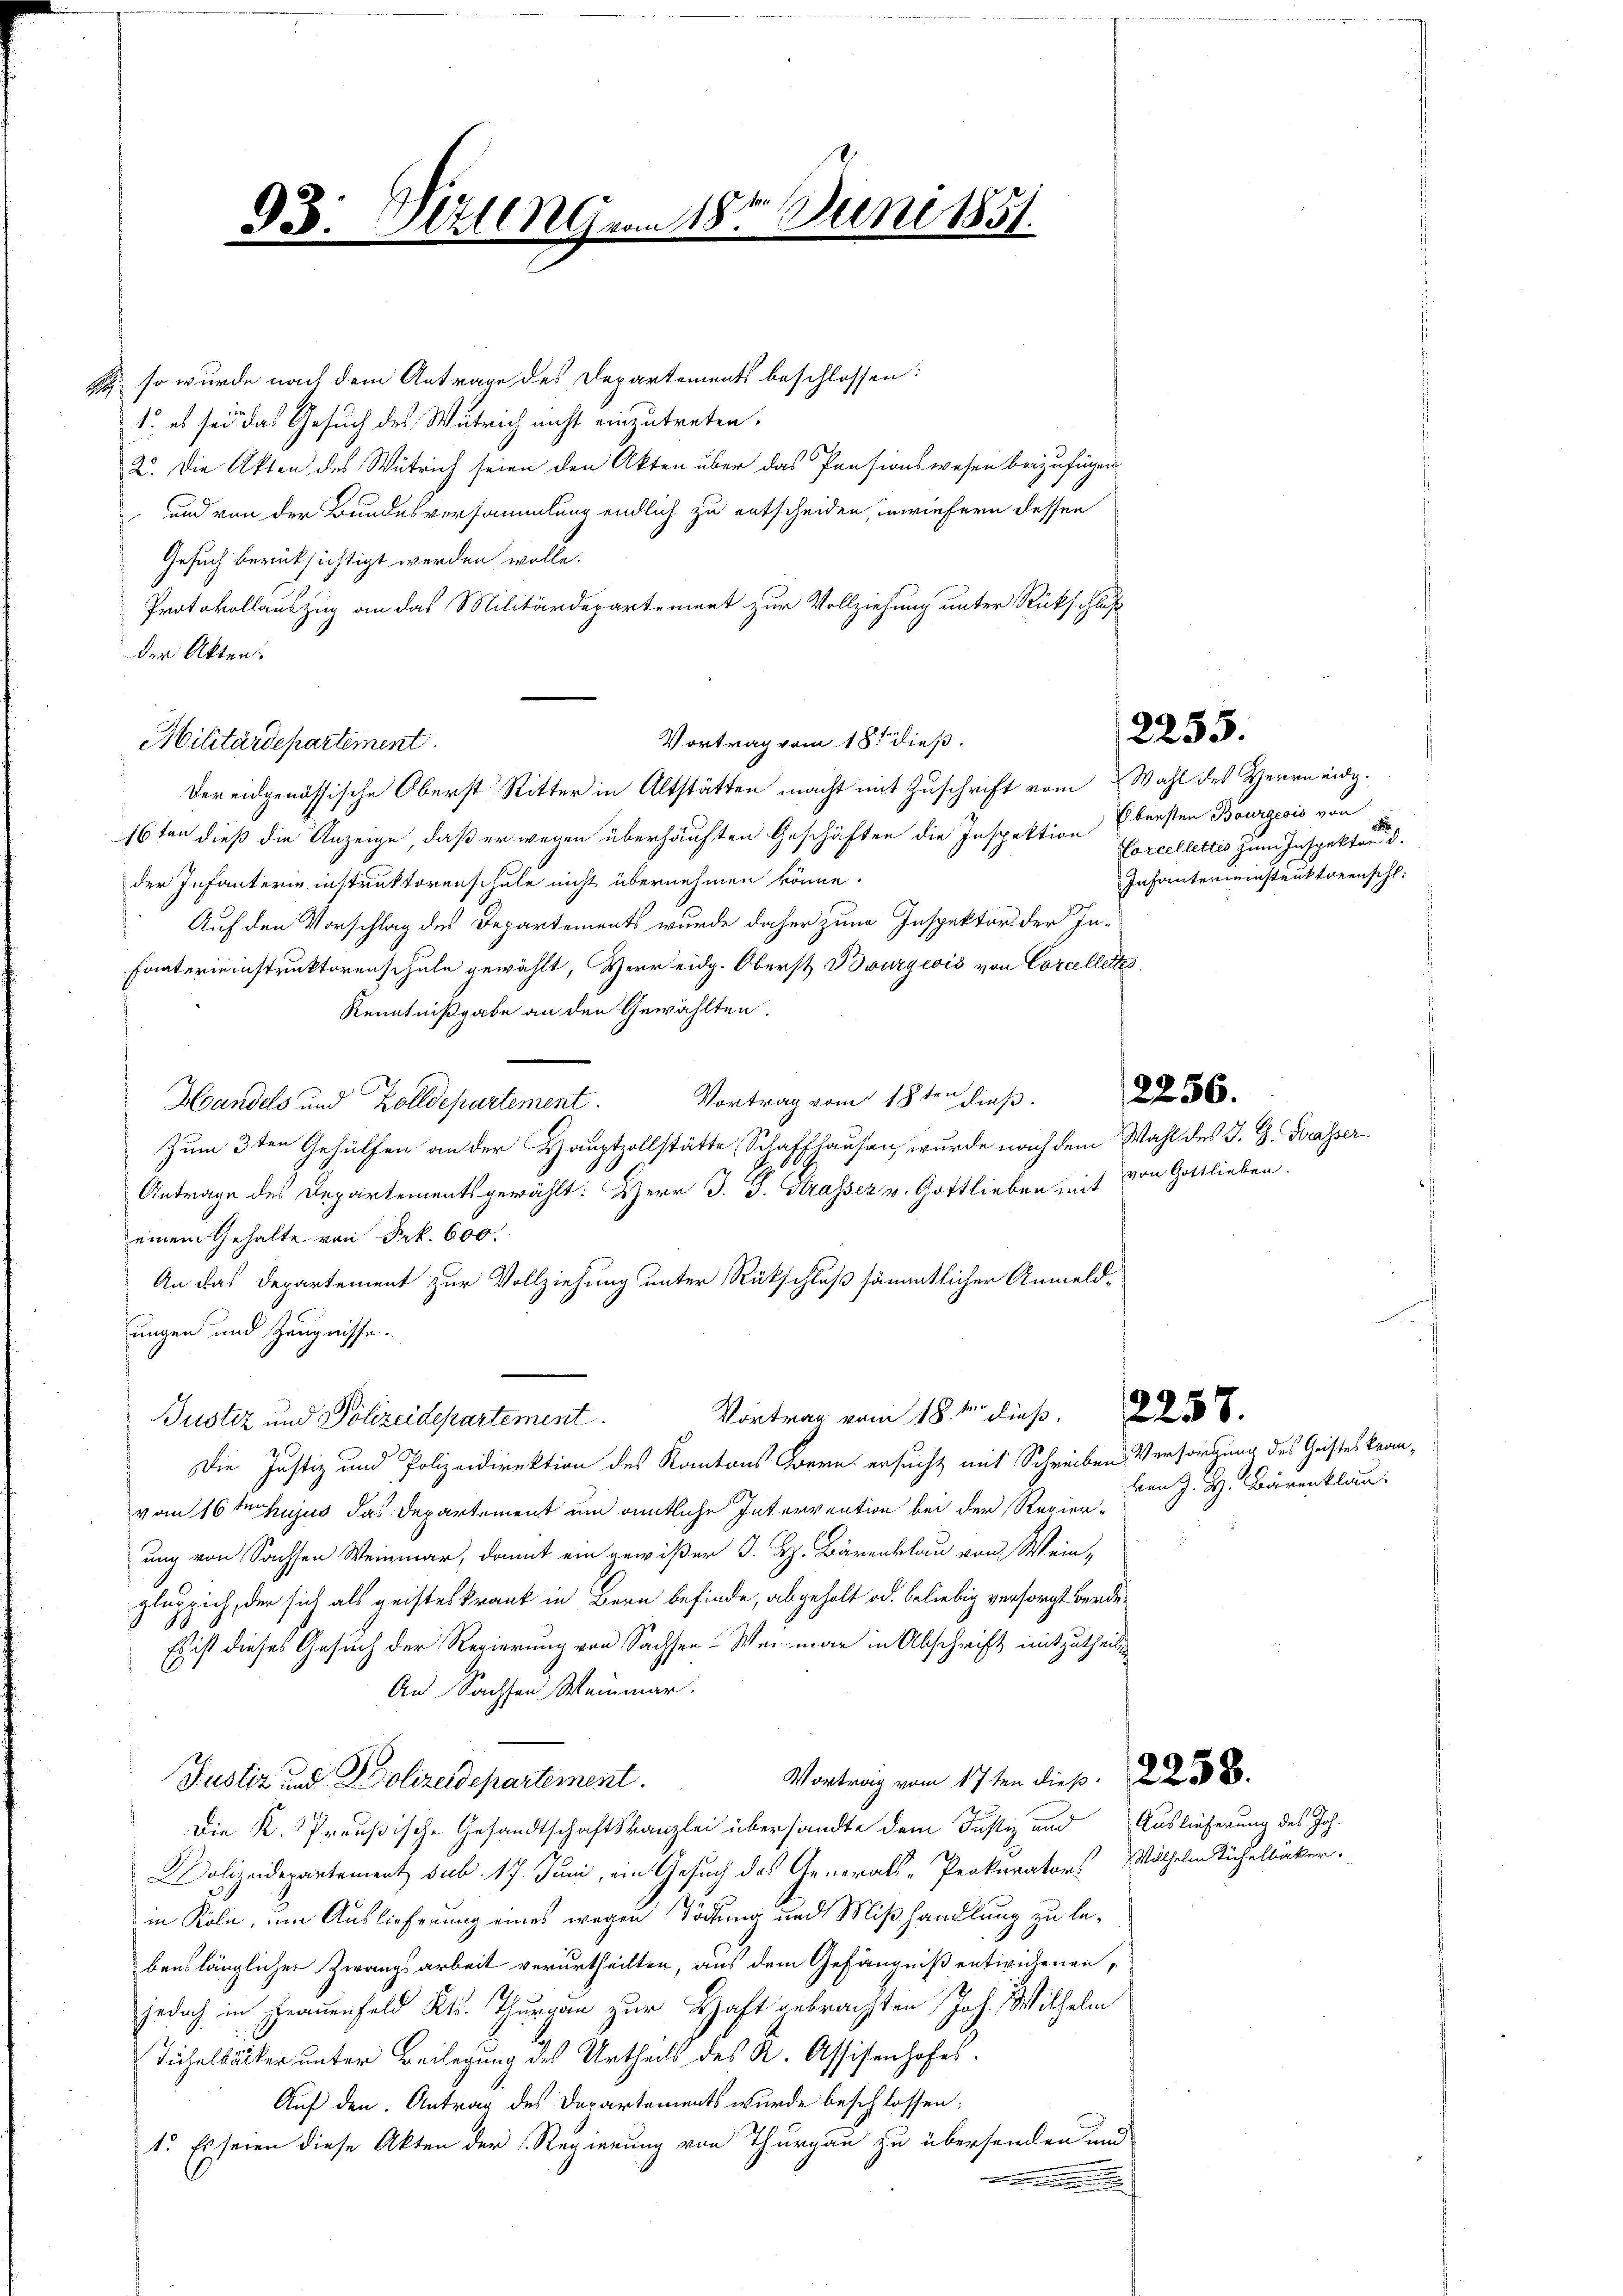
S

& so wurde nach dem Antrage des Departements beschlossen:
1. es sei das Gesuch des Wütrich nicht einzutreten.
2. Die Akten des Wütrich seien den Akten über das Pensionswesen beizufügen
und von der Bundesversammlung endlich zu entscheiden, inwiefern dessen
Gesuch berüksichtigt werden wolle.
Protokollauszug an das Militärdepartement zur Vollziehung unter Rückschluß
der Akten.
der eidgenössische Oberst Ritter in Altstätten macht mit Zuschrift vom Wahl des Herrn eidg.
16ten dieß die Anzeige, daß er wegen überhäuften Geschäften die Inspektion Ebensten Bourgeois von
der Infanterie instruktorenschule nicht übernehmen könne.
Auf den Vorschlag des Departements wurde daher zum Inspektor der In¬
Fraterieinstruktorenschule gewählt, Herr eidg. Oberst Bourgeois von Corcellettes
Kenntnißgabe an den Gewählten.
Vortrag vom 18ten dieß.
Handels und Zolldepartement.
Zum 3ten Gehülfen an der Hauptzollstätte, Schaffhausen, wurde nach dem Wahl des J. G. Basser
Antrage des Departementsgewählt: Herr J. J. Strassez v. Gottlieben mit von Gottlieben.
einem Gehalte von Frk. 600.
An das Departement zur Vollziehung unter Rückschluß sämmtlicher Anmeldungen und Zeugnisse.
Vortrag vom 18. den dieß. 258.
Bustiz und Polizeidepartement
Die Justiz und Polizeidirektion des Kantons Bern ersucht mit Schreiben Versangung des Geisteskranvom 16 t hujus das Departement um amtliche Intervention bei der Regier
ung von Sachsen Weinmar, damit ein gewißer J. H. Bärenblau von Weinpluppich, der sich als geisteskrank in Bern befinde, abgeholt od. beliebig versorgt werde
Es ist dieses Gesuch der Regierung von Sachsen-Wei man in Abschrift mitzutheil¬
An Sachsen Weinmar.
Vortrag vom 17ten dieß. 308.
Justiz und Polizeidepartement.
Die K. Preußische Gesandtschaftskanzlei übersandte dem Justiz und Auslieferung des Joh.
Polizeidepartement sub. 17. Juni, ein Gesuch des Generals-Prokurators Wilhelm Küchelbäcker.
in Köln, um Auslieferung eines wegen Tödtung und Mißhandlung zu lebenslänglicher Zwangsarbeit verurtheilten, aus dem Gefängniß entwichenenjedoch in Frauenfeld Kt. Thurgau zur Haft gebrachten Joh. Wilhelm
Tichelbäcker unter Beilegung des Urtheils des K. Assisenhofes
Auf den Antrag des Departements wurde beschlossen:
1. Es seien diese Akten der Regierung von Thurgau zu übersenden und
wen ein

Militärdepartement.

93. Mitten Germ 18. Juni 1857.

Vortrag vom 18. dieß.

2255.

Corcellettes zum Inspektor
Infanterienstruktorenschl

2256.

ven J. H. Bärenklan